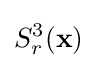
S_{r}^{3}(\mathbf {x} )